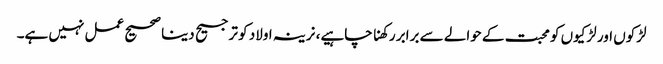
لڑکوں اور لڑکیوں کو محبت کے حوالے سے برابر رکھنا چاہیے، نرینہ اولاد کو ترجیح دینا صحیح عمل نہیں ہے۔